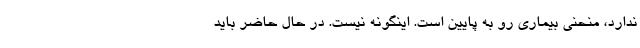
ندارد، منحنی بیماری رو به پایین است. اینگونه نیست. در حال حاضر باید